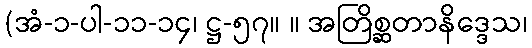
(အံ-၁-ပါ-၁၁-၁၄၊ ဋ္ဌ-၅၇။ ။ အတြိစ္ဆတာနိဒ္ဒေသ၊